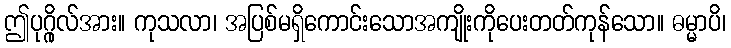
ဤပုဂ္ဂိုလ်အား။ ကုသလာ၊ အပြစ်မရှိကောင်းသောအကျိုးကိုပေးတတ်ကုန်သော။ ဓမ္မာပိ၊